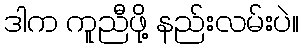
ဒါက ကူညီဖို့ နည်းလမ်းပဲ။